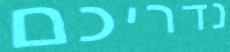
נדריכם